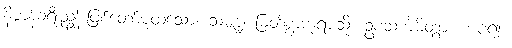
နိဗ္ဗာန်ခရီးညွန်းဖြစ်တော်မူထသော။ သမ္ဗုဒ္ဓံ၊ မြတ်စွာဘုရားသို့။ ဥပသင်္ကမိတွာ၊ ကပ်၍။